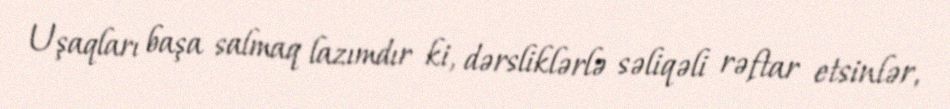
Uşaqları başa salmaq lazımdır ki, dərsliklərlə səliqəli rəftar etsinlər,